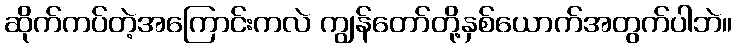
ဆိုက်ကပ်တဲ့အကြောင်းကလဲ ကျွန်တော်တို့နှစ်ယောက်အတွက်ပါဘဲ။